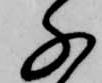
千